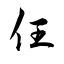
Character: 仼